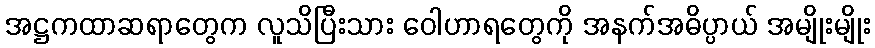
အဋ္ဌကထာဆရာတွေက လူသိပြီးသား ဝေါဟာရတွေကို အနက်အဓိပ္ပာယ် အမျိုးမျိုး